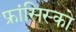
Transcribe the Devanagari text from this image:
फ्रांसिस्‍को